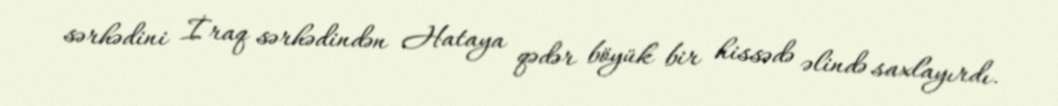
sərhədini İraq sərhədindən Hataya qədər böyük bir hissədə əlində saxlayırdı.